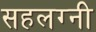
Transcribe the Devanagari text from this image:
सहलग्नी